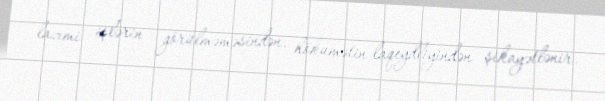
lazımi işlərin görülməməsindən, hökumətin laqeydliyindən şikayətlənir.